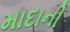
માદાની